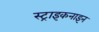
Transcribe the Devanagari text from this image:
स्ट्राइकनाइन